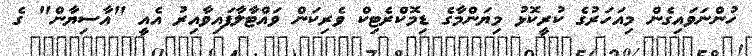
ހުންނަވައިގެން މިއަހަރުގެ ކުރީކޮޅު މިޔަންމާގެ ޑިމޮކްރެޓިކް ވެރިކަން ވައްޓާލާފައިވާއިރު އެއީ "އާސިޔާން" ގެ